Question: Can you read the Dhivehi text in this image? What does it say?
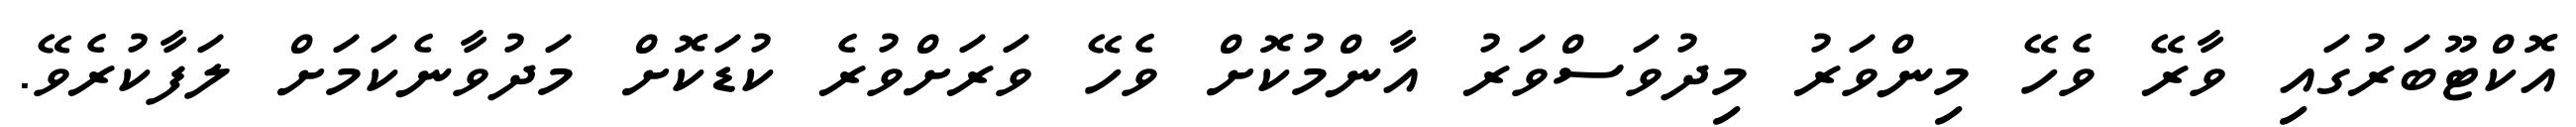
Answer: އޮކްޓޫބަރުގައި ވާރޭ ވެހޭ މިންވަރު މިދުވަސްވަރު އާންމުކޮށް ވެހޭ ވަރަށްވުރެ ކުޑަކޮށް މަދުވާނެކަމަށް ލަފާކުރެވޭ.